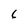
Character: 6